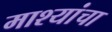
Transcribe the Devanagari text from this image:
माश्यांचा